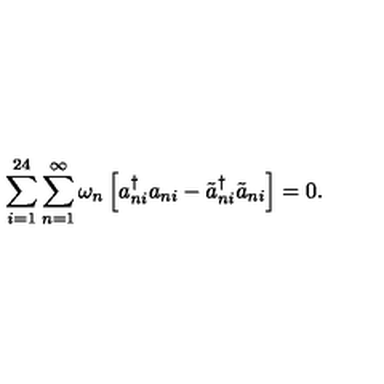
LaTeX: \sum _ { i = 1 } ^ { 2 4 } \sum _ { n = 1 } ^ { \infty } \omega _ { n } \left[ a _ { n i } ^ { \dagger } a _ { n i } - \tilde { a } _ { n i } ^ { \dagger } \tilde { a } _ { n i } \right] = 0 \mathrm { . }